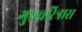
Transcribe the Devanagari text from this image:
गुरुचरित्रास